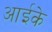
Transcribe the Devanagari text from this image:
आईके